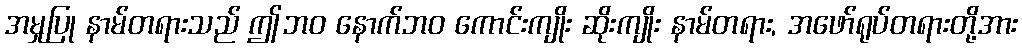
အမှုပြု နာမ်တရားသည် ဤဘဝ နောက်ဘဝ ကောင်းကျိုး ဆိုးကျိုး နာမ်တရား, အဖော်ရုပ်တရားတို့အား